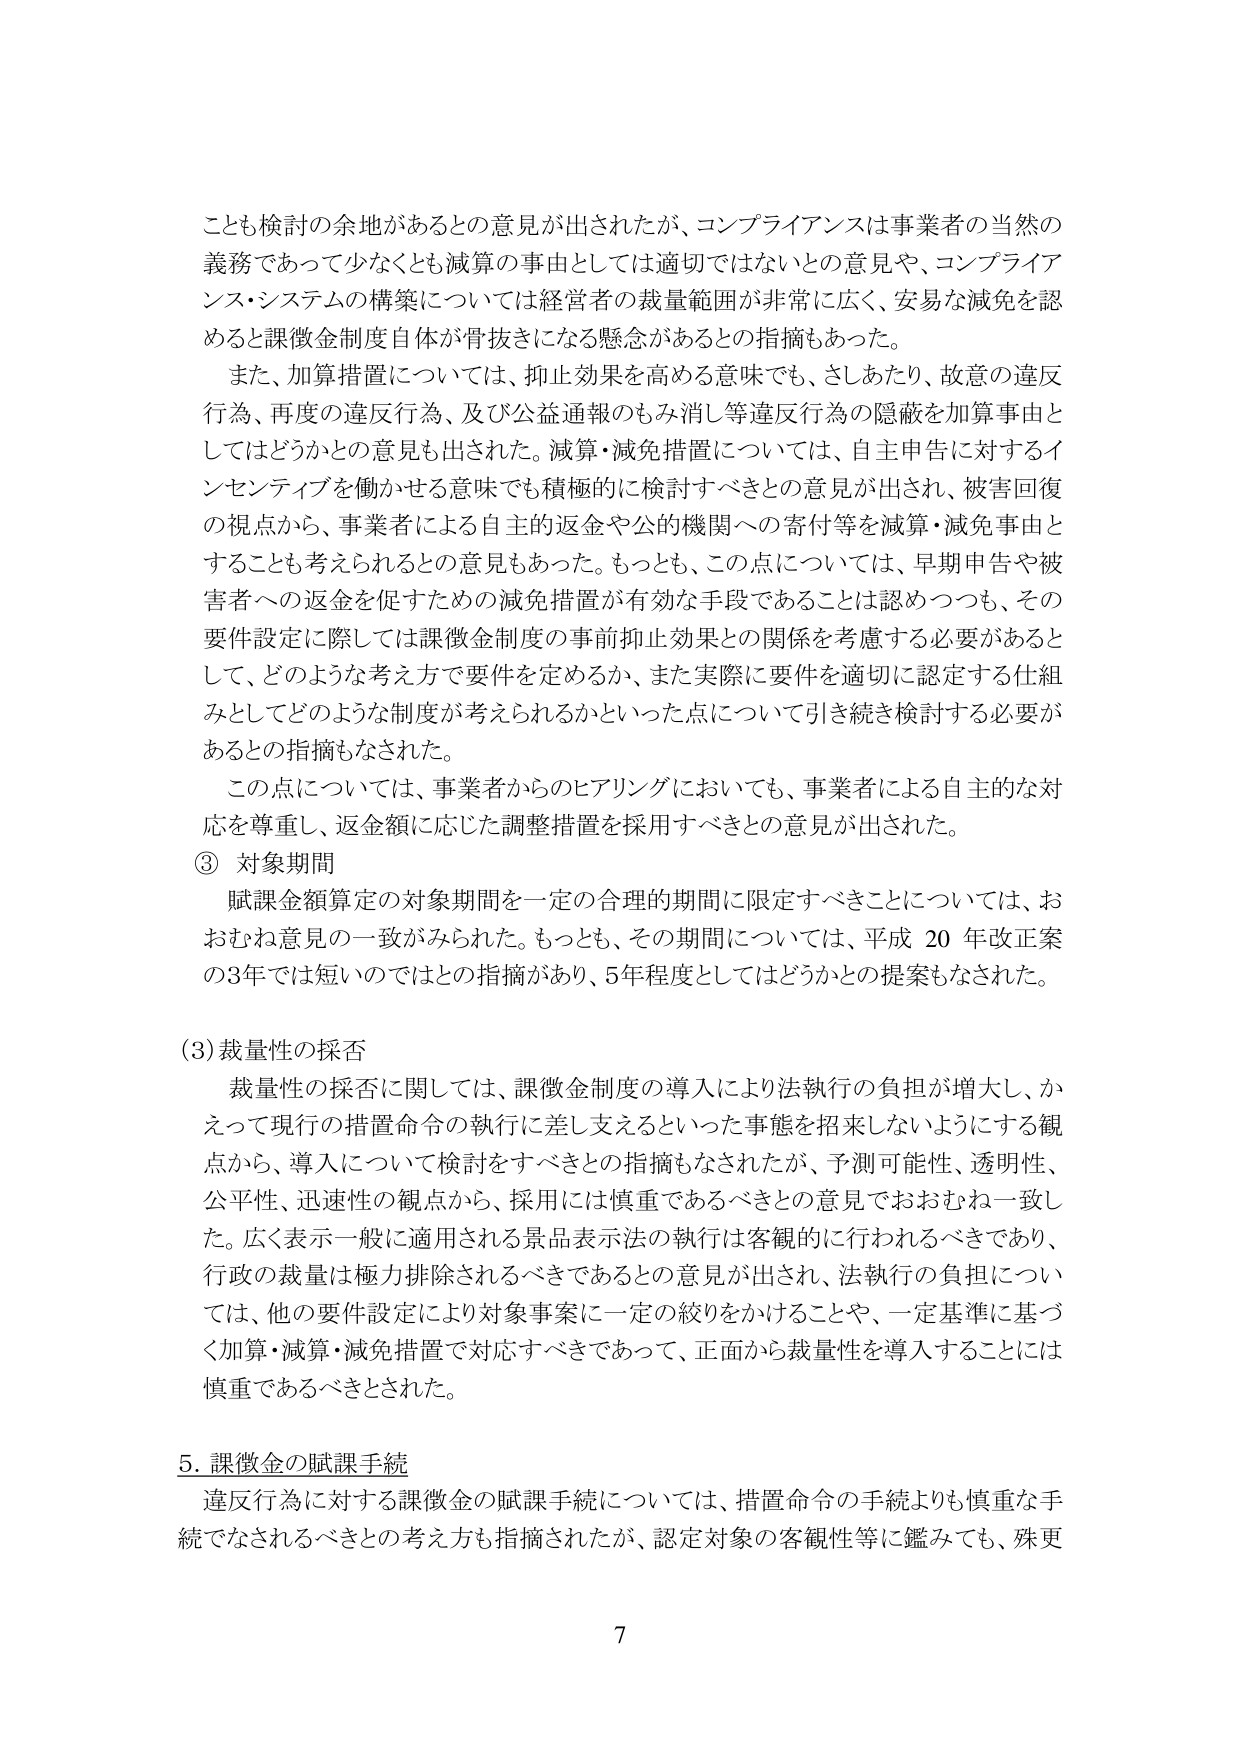
ことも検討の余地があるとの意見が出されたが、コンプライアンスは事業者の当然の義務であって少なくとも減算の事由としては適切ではないとの意見や、コンプライアンス・システムの構築については経営者の裁量範囲が非常に広く、安易な減免を認めるとき課徴金制度自体が骨抜きになる懸念があるとの指摘もあった。

また、加算措置については、抑止効果を高める意味でも、さしあたり、故意の違反行為、再度の違反行為、及び公益通報のもみ消し等違反行為の隠蔽を加算事由としてはどうかとの意見も出された。減算・減免措置については、自主申告に対するインセンティブを働かせる意味でも積極的に検討すべきとの意見が出され、被害回復の視点から、事業者による自主的返金や公の機関への寄付等を減算・減免事由とすることも考えられるとの意見もあった。もっとも、この点については、早期申告や被害者への返金を促すための減免措置が有効な手段であることは認めつつも、その要件設定に際しては課徴金制度の事前抑止効果との関係を考慮する必要があるとして、どのような考え方で要件を定めるか、また実際に要件を適切に認定する仕組みとしてどのような制度が考えられるかといった点について引き続き検討する必要があるとの指摘もなされた。

この点については、事業者からのヒアリングにおいても、事業者による自主的な対応を尊重し、返金額に応じた調整措置を採用すべきとの意見が出された。

③ 対象期間
賦課金額算定の対象期間を一定の合理的期間に限定すべきことについては、おおむね意見の一致がみられた。もっとも、その期間については、平成20年改正案の3年では短いのではとの指摘があり、5年程度としてはどうかとの提案もなされた。

(3) 裁量性の採否
裁量性の採否に関しては、課徴金制度の導入により法執行の負担が増大し、かえって現行の措置命令の執行に差し支えるといった事態を招来しないようにする観点から、導入について検討をすべきとの指摘もなされたが、予測可能性、透明性、公平性、迅速性の観点から、採用には慎重であるべきとの意見でおおむね一致した。広く表示一般に適用される景品表示法の執行は客観的に行われるべきであり、行政の裁量は極力排除されるべきであるとの意見が出され、法執行の負担については、他の要件設定により対象事案に一定の絞りをかけることや、一定基準に基づく加算・減算・減免措置で対応すべきであって、正面から裁量性を導入することには慎重であるべきとされた。

5. 課徴金の賦課手続
違反行為に対する課徴金の賦課手続については、措置命令の手続よりも慎重な手続でなされるべきとの考え方も指摘されたが、認定対象の客観性等に鑑みても、殊更

7